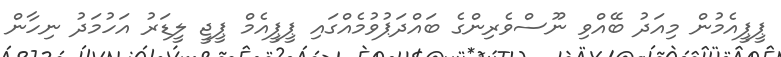
ޕީޕީއެމުން މިއަދު ބޭއްވި ނޫސްވެރިންގެ ބައްދަޕުވުމެއްގައި ޕީޕީއެމް ޕީޖީ ލީޑަރު އަހުމަދު ނިހާން